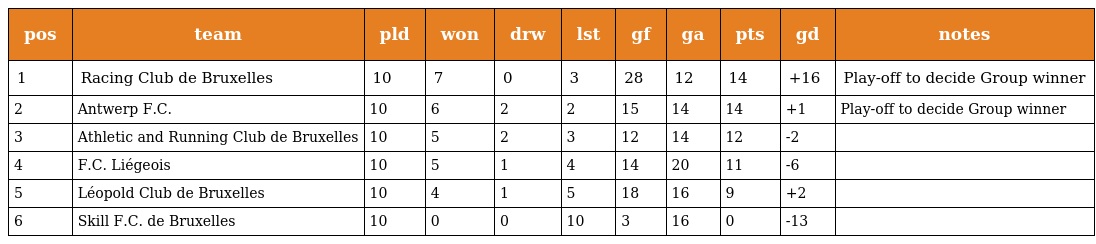
| pos | team | pld | won | drw | lst | gf | ga | pts | gd | notes |
 | --- | --- | --- | --- | --- | --- | --- | --- | --- | --- | --- |
 | 1 | Racing Club de Bruxelles | 10 | 7 | 0 | 3 | 28 | 12 | 14 | +16 | Play-off to decide Group winner |
 | 2 | Antwerp F.C. | 10 | 6 | 2 | 2 | 15 | 14 | 14 | +1 | Play-off to decide Group winner |
 | 3 | Athletic and Running Club de Bruxelles | 10 | 5 | 2 | 3 | 12 | 14 | 12 | -2 |  |
 | 4 | F.C. Liégeois | 10 | 5 | 1 | 4 | 14 | 20 | 11 | -6 |  |
 | 5 | Léopold Club de Bruxelles | 10 | 4 | 1 | 5 | 18 | 16 | 9 | +2 |  |
 | 6 | Skill F.C. de Bruxelles | 10 | 0 | 0 | 10 | 3 | 16 | 0 | -13 |  |